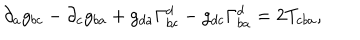
\partial _ { a } g _ { b c } - \partial _ { c } g _ { b a } + g _ { d a } \Gamma _ { b c } ^ { d } - g _ { d c } \Gamma _ { b a } ^ { d } = 2 T _ { c b a } ,